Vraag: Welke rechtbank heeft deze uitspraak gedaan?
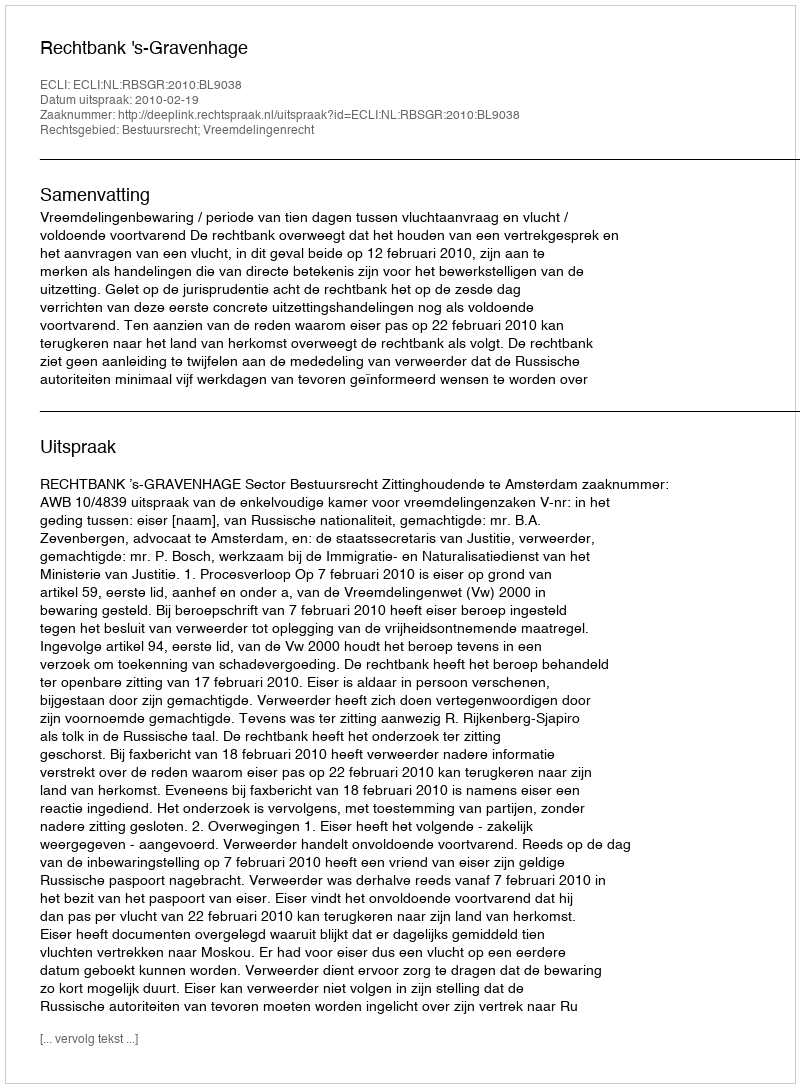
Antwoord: Rechtbank 's-Gravenhage